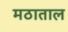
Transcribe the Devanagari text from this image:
मठाताल